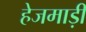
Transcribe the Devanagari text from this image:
हेजमाड़ी